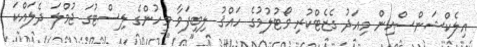
އިލެކްޝަންސްއިން މިއަދު ގެޒެޓްކުރި ވޯޓުލުމުގެ ހައްޤު ލިބިފަވާ މީހުންގެ ލިސްޓުގަ ޖުމްލަ ދެލައްކަ